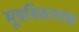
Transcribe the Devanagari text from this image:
मूत्रविकारतज्ञ